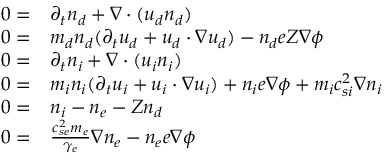
\begin{array} { r l } { 0 = } & { \partial _ { t } { n _ { d } } + \nabla \cdot ( { u _ { d } } { n _ { d } } ) } \\ { 0 = } & { m _ { d } { n _ { d } } ( \partial _ { t } { u _ { d } } + { u _ { d } } \cdot \nabla { u _ { d } } ) - { n _ { d } } e Z \nabla \phi } \\ { 0 = } & { \partial _ { t } { n _ { i } } + \nabla \cdot ( { u _ { i } } { n _ { i } } ) } \\ { 0 = } & { m _ { i } { n _ { i } } ( \partial _ { t } { u _ { i } } + { u _ { i } } \cdot \nabla { u _ { i } } ) + { n _ { i } } e \nabla \phi + m _ { i } c _ { s i } ^ { 2 } \nabla { n _ { i } } } \\ { 0 = } & { { n _ { i } } - n _ { e } - Z { n _ { d } } } \\ { 0 = } & { \frac { c _ { s e } ^ { 2 } m _ { e } } { \gamma _ { e } } \nabla n _ { e } - n _ { e } e \nabla \phi } \end{array}